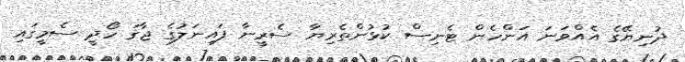
ދުނިޔޭގެ އެއްވަަނަ އަންހެން ޓެނިސް ކުޅުންތެރިޔާ ސެރީނާ ފައިނަލުގެ ޖާގަ ހޯދީ ސެމީގައި